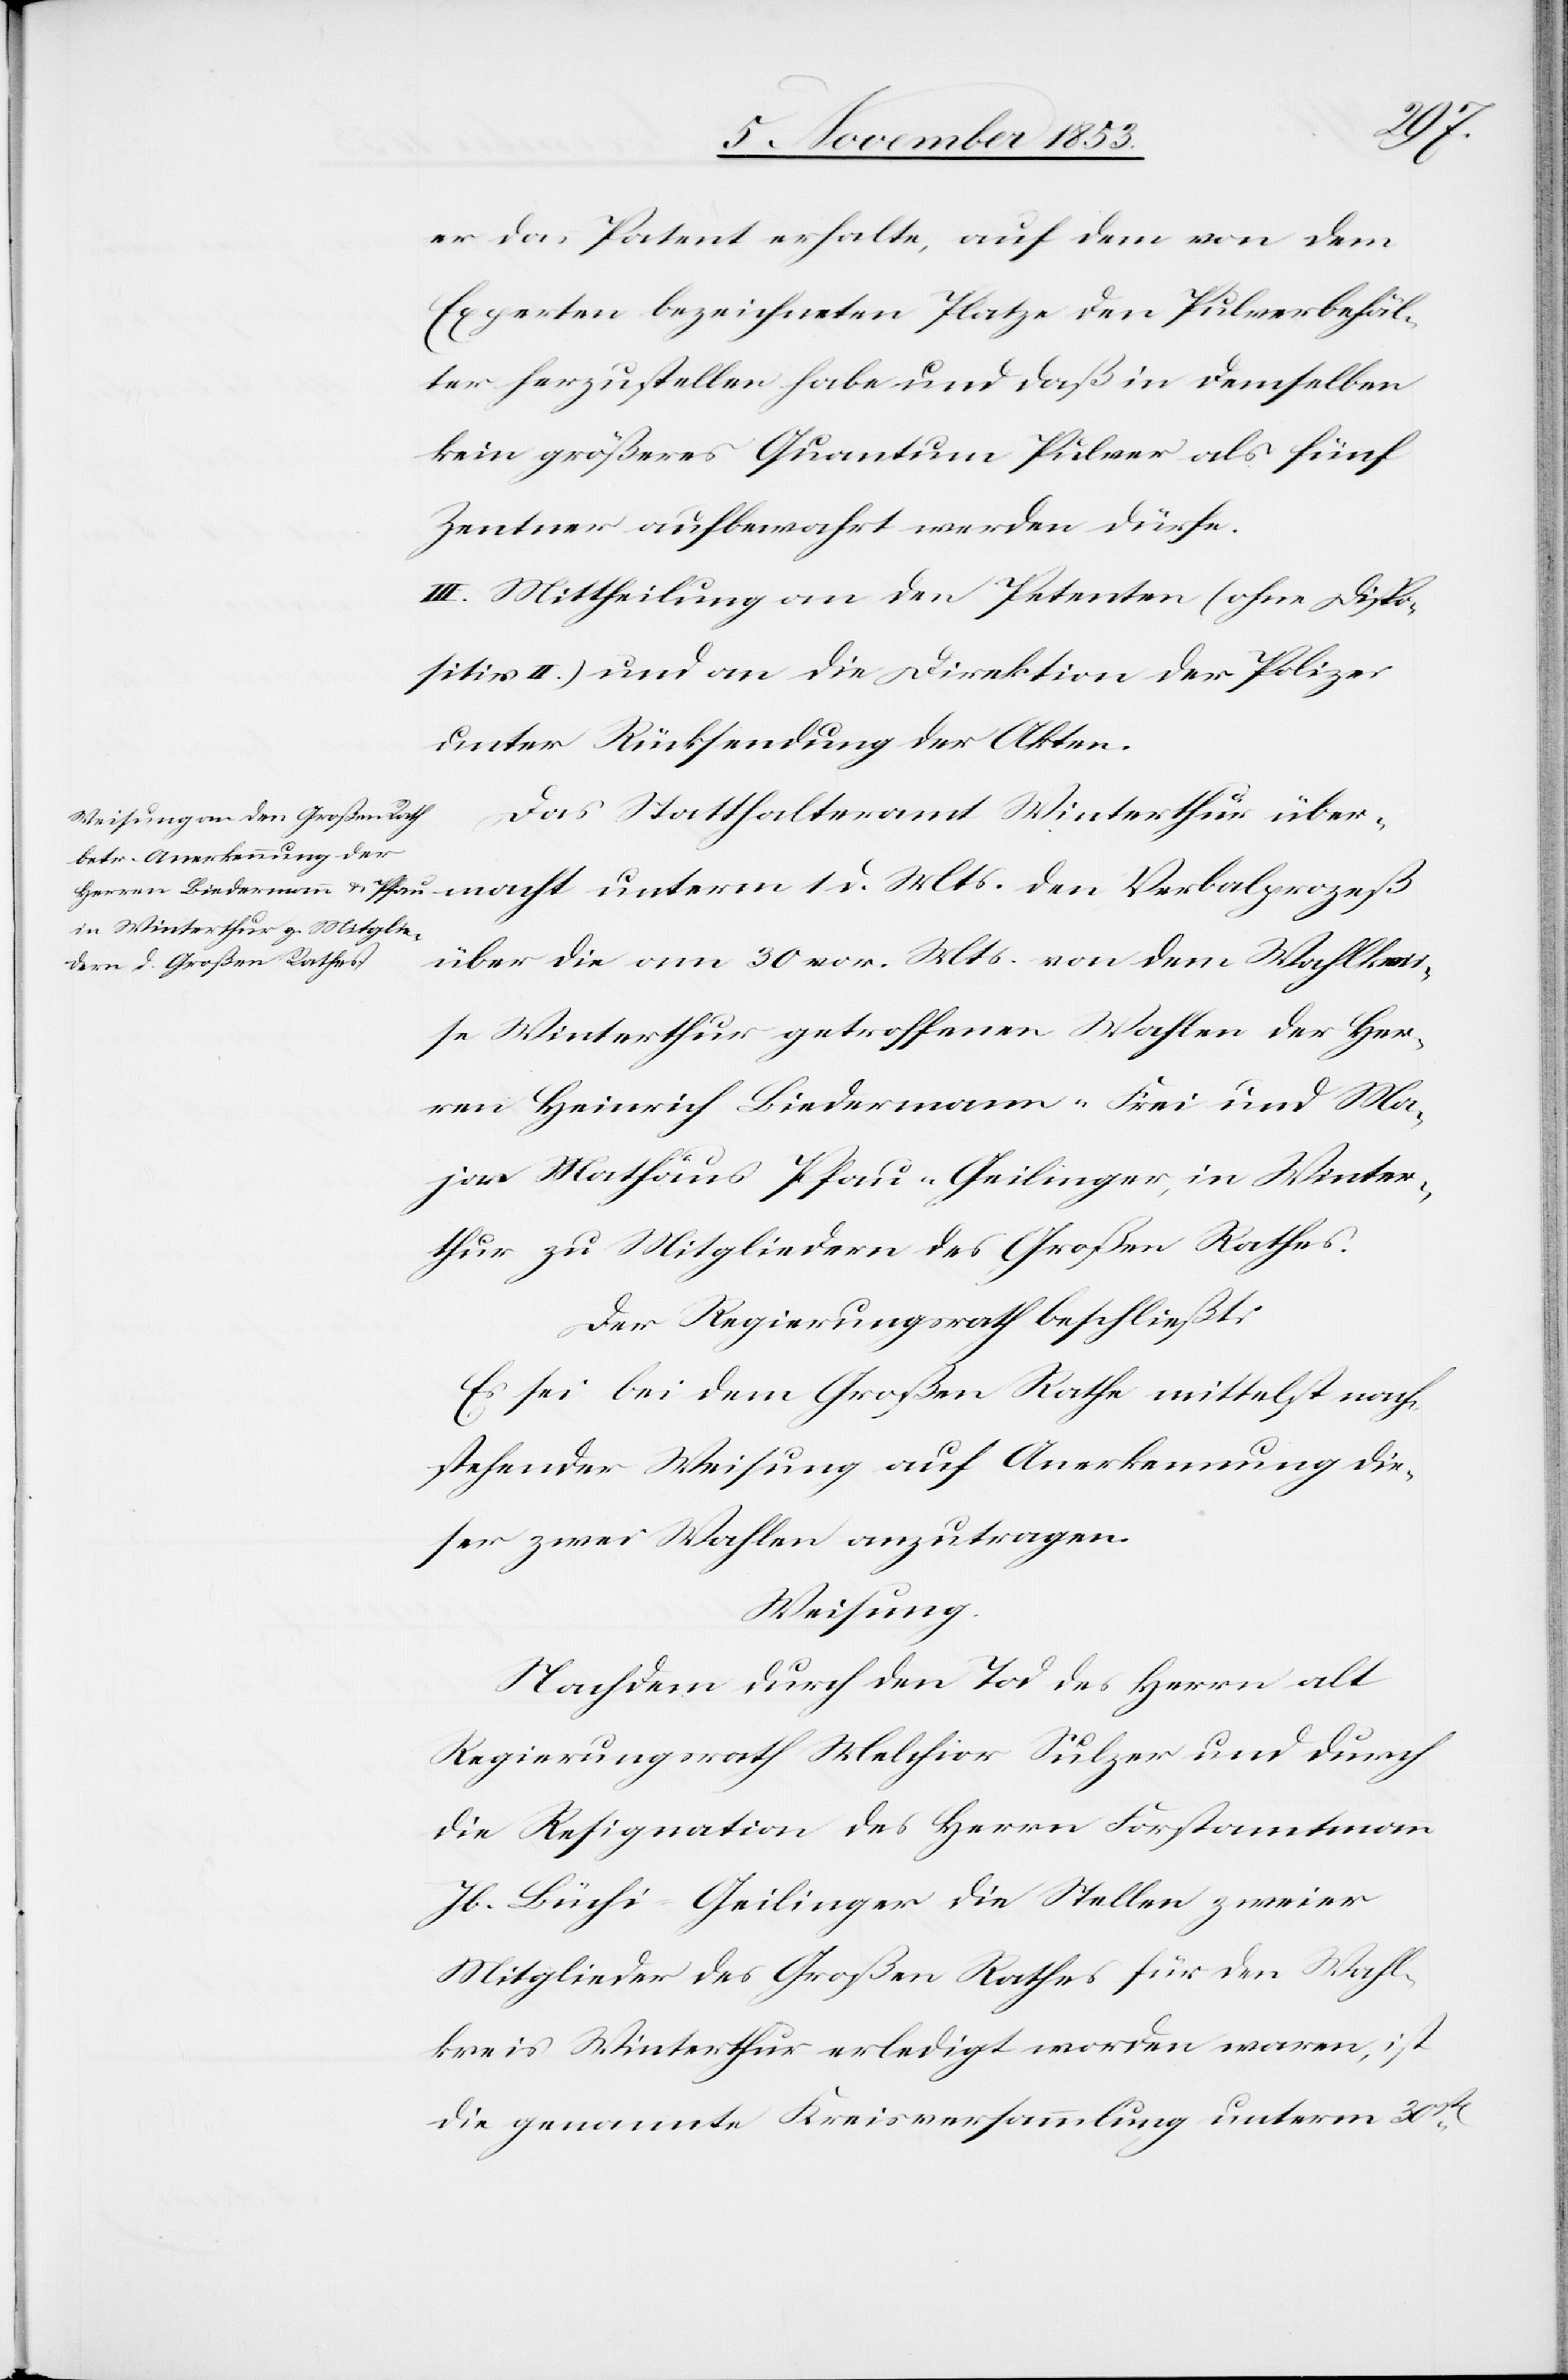
er das Patent erhalte, auf dem von dem
Experten bezeichneten Platze den Pulverbehäl¬
ter herzustellen habe und daß in demselben
kein größeres Quantum Pulver als fünf
Zentner aufbewahrt werden dürfe.
III. Mittheilung an den Petenten (ohne Dispo¬
sitiv II.) und die Direktion der Polizei
unter Rücksendung der Akten.
Das Statthalteramt Winterthur über¬
macht unterm 1 d. Mts. den Verbalprozeß
über die vom 30 vor. Mts. von dem Wahlkrei¬
se Winterthur getroffenen Wahlen der Her¬
ren Heinrich Biedermann-Frei und Ma¬
jor Mathäus Pfau-Geilinger, in Winter¬
thur zu Mitgliedern des Großen Rathes.
Der Regierungsrath beschließt:
Es sei bei dem Großen Rathe mittelst nach¬
stehender Weisung auf Anerkennung die¬
ser zwei Wahlen anzutragen.
Weisung.
Nachdem durch den Tod des Herrn alt
Regierungsrath Melchior Sulzer und durch
die Resignation des Herrn Forstamtmann
Jb. Büchi Geilinger die Stellen zweier
Mitglieder des Großen Rathes für den Wahl¬
kreis Winterthur erledigt worden waren, ist
die genannte Kreisversammlung unterm 30ten